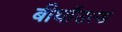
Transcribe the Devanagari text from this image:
बीघॉउल्ड